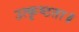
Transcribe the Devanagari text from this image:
उत्कृष्टता॥